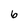
Character: 6